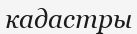
кадастры